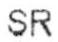
SR